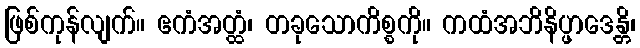
ဖြစ်ကုန်လျက်။ ဧကံအတ္ထံ၊ တခုသောကိစ္စကို။ ကထံအဘိနိပ္ဖာဒေန္တိ၊